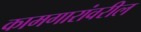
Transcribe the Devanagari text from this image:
कामगारांवरील